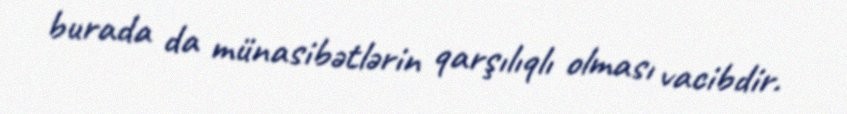
burada da münasibətlərin qarşılıqlı olması vacibdir.